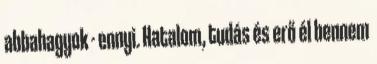
abbahagyok - ennyi. Hatalom, tudás és erő él bennem